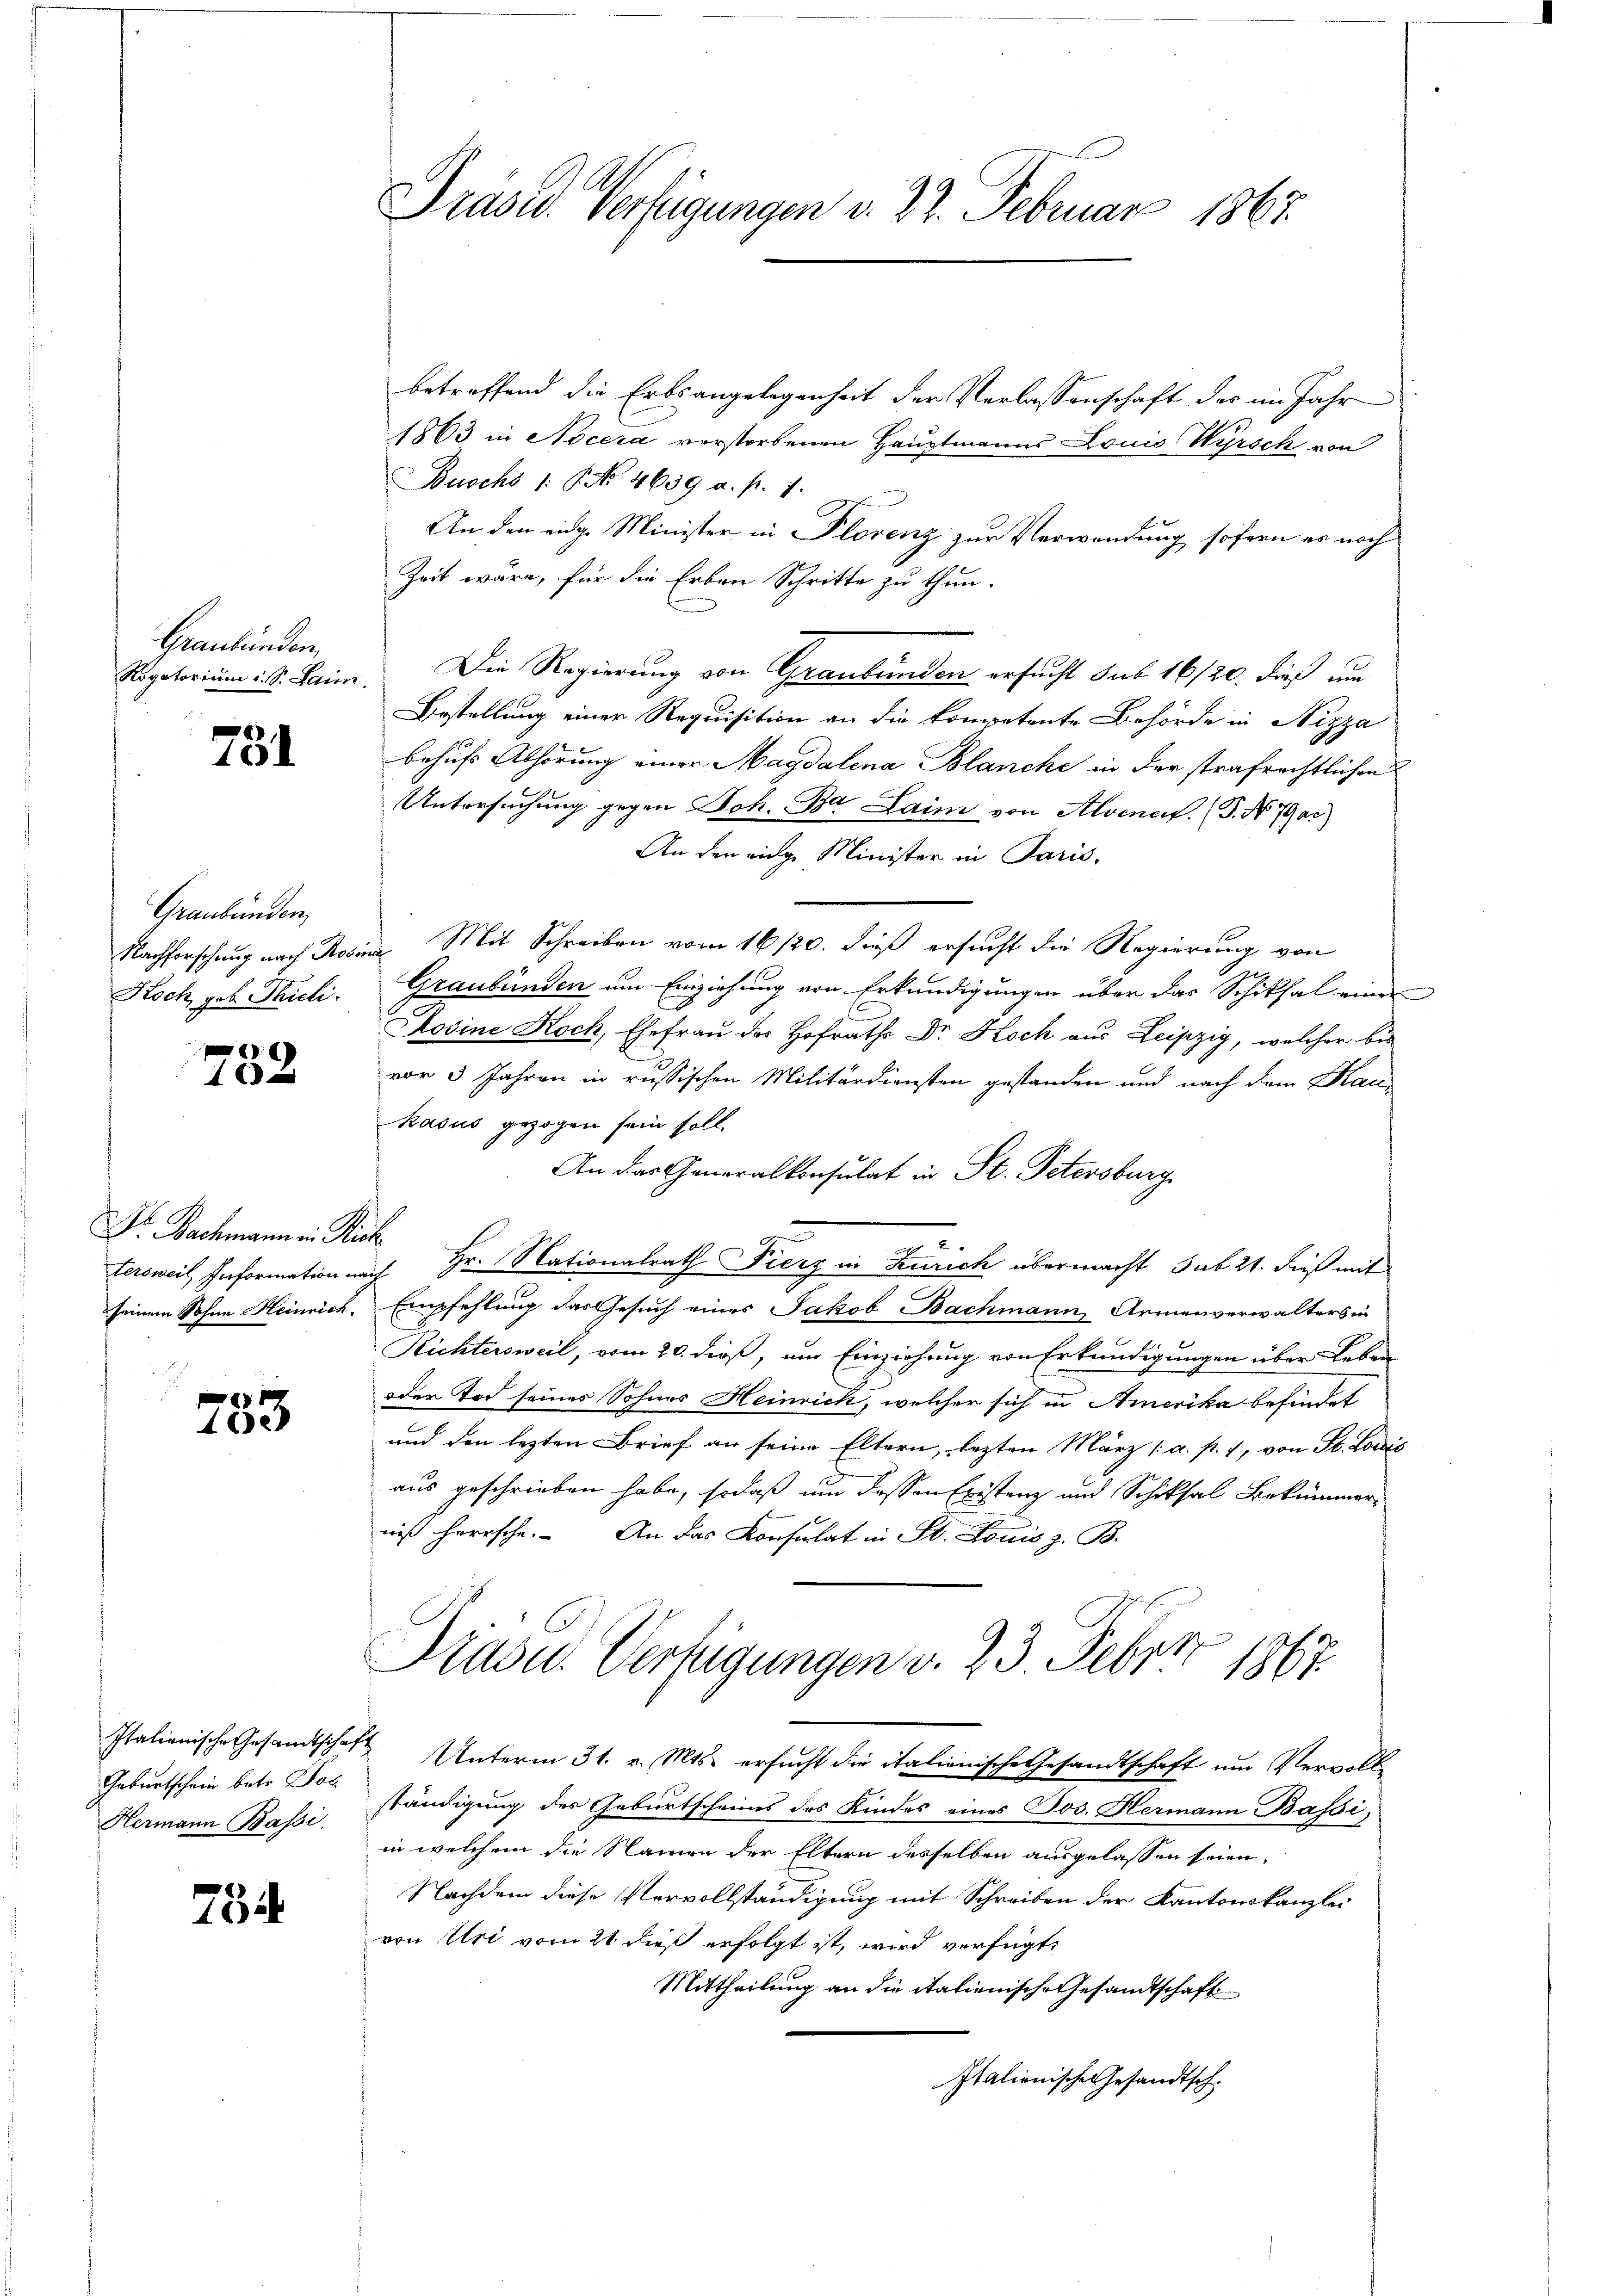
Graubünden,
Rogatorium i. S. Laim

731

Graubünden,
Nachforschung nach Ros
Koch, geb. Thuli.

e
4

Dr. Bachmann in Nic
tersweil, Information na
seinem Sohne Heinrich.

f
40.

Italienische Gesandtschaft
Geburtschein betr. Pos
Hermann Bassi

75

Präsid. Verfügungen v. 22. Februar 1863.

betreffend die Erbsangelegenheit der Verlassenschaft des im Jahr
1863 in Nocera verstorbenen Hauptmanns Louis Wyrsch von
Buochs 1. No 4639 a. p. 1.
An den eidg. Minister in Plorenz zur Verwendung sofern es noch
Zeit wäre, für die Erben Schritte zu thun.
Die Regierung von Graubünden ersucht sub 16/20. dieß um
Bestellung einer Requisition an die kompetente Behörde in Nizza
behufs Abhörung einer Magdalena Blanche in der strafrechtlichen
Untersuchung gegen Joh. Br. Lain von Alvenet. (T. N. 7a)
An den eige Minister in Paris.
Mit Schreiben vom 16/20. dieß ersucht die Regierung von
Graubünden um Einziehung von Erkundigungen über das Schiksal einer
Mosine Koch, Ehefrau der Hofraths Dr. Koch aus Leipzig, welcher bis
vor 3 Jahren in russischen Militärdiensten gestanden und nach dem Man-
Rasus gezogen sein soll.
An das Generalkonsulat in St. Petersburg
2
h
s
ich Hr. Nationalrath Fierz in Zürich übermacht sub 21. dieß mit
Empfehlung das Gesuch eines Jakob Bachmann Armenverwalters in
Richtersweil, vom 20. dieß, um Einziehung von Erkundigungen über Leben
oder Tod seines Sohnes Heinrich, welcher sich in Amerika befindet
und den lezten Brief an seine Eltern, lezten März a. p. 1, von St. Louis
aus geschrieben habe, sodaß um dessen Existanz und Schiksal Bekümmer-
niß herrsche. An das Konsulat in St. Louis z. B.
Pradu. Vertigungen v. 23. Febr 1867
Unterm 31. v. Mts. ersucht die italienische Gesandtschaft um Vervolle
ständigung des Geburtscheines des Kindes eines Jos. Hermann Bassi
in welchem die Namen der Eltern desselben ausgelassen seien,
Nachdem diese Vervollständigung mit Schreiben der Kantonskanzlei
von Uri vom 21. dieß erfolgt ist, wird verfügt,
Mittheilung an die itationische Gesandtschaft
Italienische Gesandtsch.